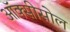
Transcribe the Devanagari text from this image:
ऑक्सीसोल